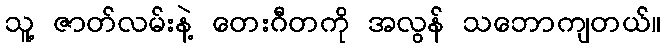
သူ့ ဇာတ်လမ်းနဲ့ တေးဂီတကို အလွန် သဘောကျတယ်။